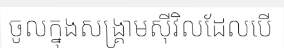
ចូលក្នុងសង្គ្រាមស៊ីវិលដែលបើ